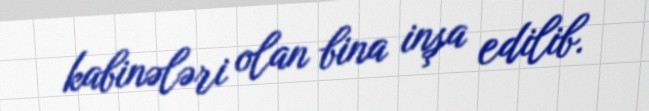
kabinələri olan bina inşa edilib.